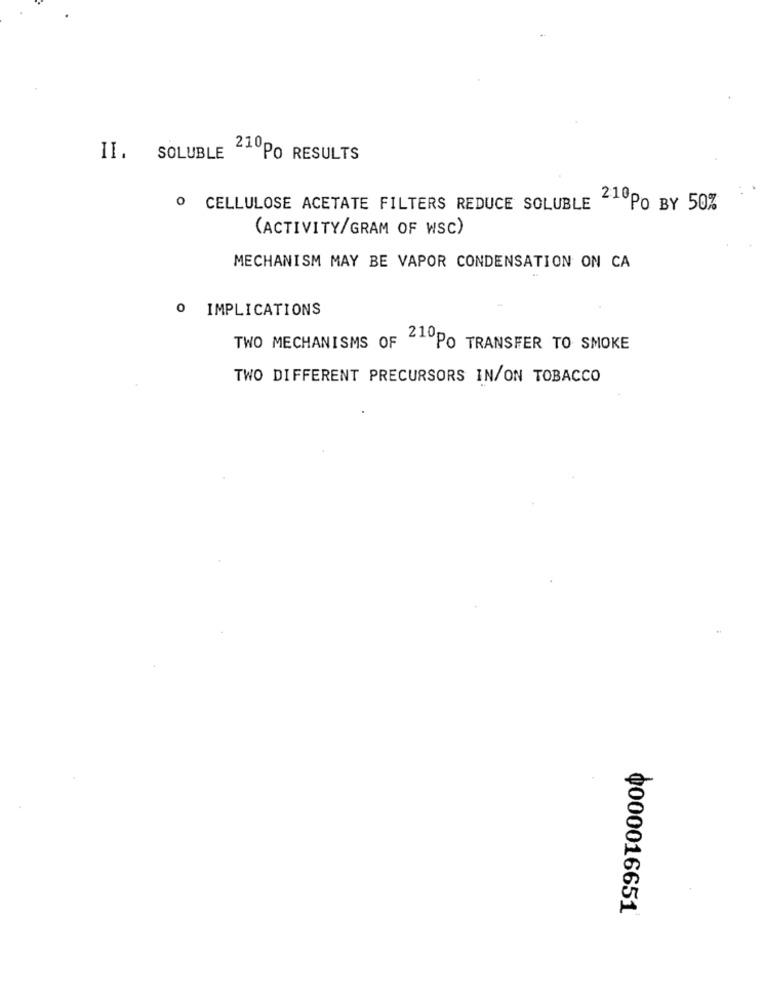
II. SOLUBLE
210PO RESULTS
O CELLULOSE ACETATE FILTERS REDUCE SOLUBLE
210PO BY 50%
(ACTIVITY/GRAM OF WSC)
MECHANISM MAY BE VAPOR CONDENSATION ON CA
O IMPLICATIONS
TWO MECHANISMS OF "PO TRANSFER TO SMOKE
TWO DIFFERENT PRECURSORS IN/ON TOBACCO
¢000016651